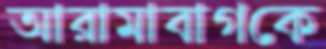
আরামাবাগকে